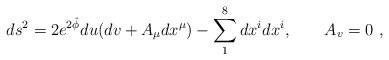
\begin{align*}ds^2 = 2 e^{2\hat \phi} du (dv + A_{\mu} dx^\mu )- \sum_1^8dx^i dx^i,\qquad A_v =0 \ ,\end{align*}